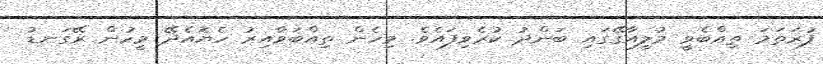
ފުރަތަމަ ތިއްބެވީ މުލީއާގޭގައި ބަންދު ކުރެވިފައެވެ. މިހެން ތިއްބަވާއިރު ހެޔޮއެދޭ މީހުން ރޭގަނޑު